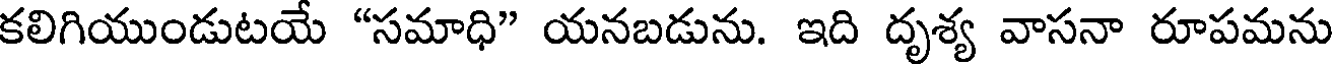
కలిగియుండుటయే "సమాధి" యనబడును. ఇది దృశ్య వాసనా రూపమను